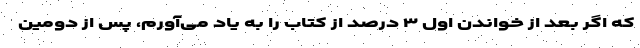
که اگر بعد از خواندن اول ۳ درصد از کتاب را به یاد می‌آورم، پس از دومین